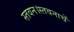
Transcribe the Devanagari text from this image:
स्तवन।स्तवनाचें